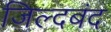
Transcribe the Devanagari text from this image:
जिल्दबंद